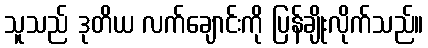
သူသည် ဒုတိယ လက်ချောင်းကို ပြန်ချိုးလိုက်သည်။